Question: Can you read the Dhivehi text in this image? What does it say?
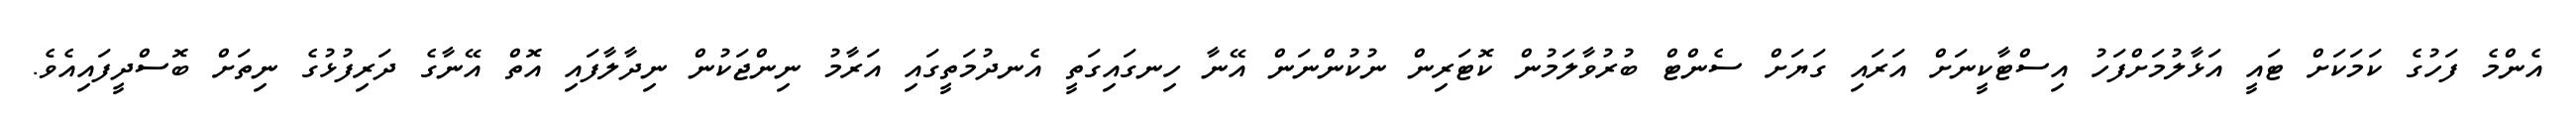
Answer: އެންމެ ފަހުގެ ކަމަކަށް ޓައީ އަޅާލުމަށްފަހު އިސްޓާކީނަށް އަރައި ގަޔަށް ސެންޓް ބުރުވާލަމުން ކޮޓަރިން ނުކުންނަން އޭނާ ހިނގައިގަތީ އެނދުމަތީގައި އަރާމު ނިންޖަކުން ނިދާލާފައި އޮތް އޭނާގެ ދަރިފުޅުގެ ނިތަށް ބޮސްދީފައިއެވެ.